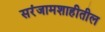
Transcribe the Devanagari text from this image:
सरंजामशाहीतील